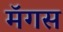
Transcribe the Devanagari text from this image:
मॅगस